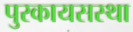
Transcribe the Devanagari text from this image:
पुरकायसस्था